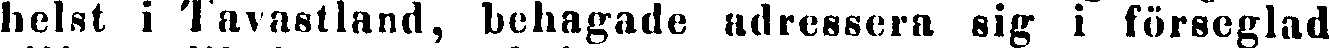
helst i Tavnstland, behagade adressera sig i förseglad